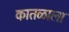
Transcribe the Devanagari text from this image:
कातळाला